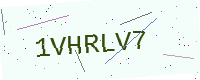
Text: 1VHRLV7